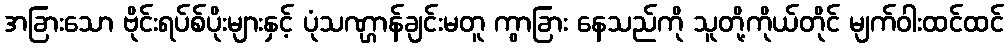
အခြားသော ဗိုင်းရပ်စ်ပိုးများနှင့် ပုံသဏ္ဌာန်ချင်းမတူ ကွာခြား နေသည်ကို သူတို့ကိုယ်တိုင် မျက်ဝါးထင်ထင်